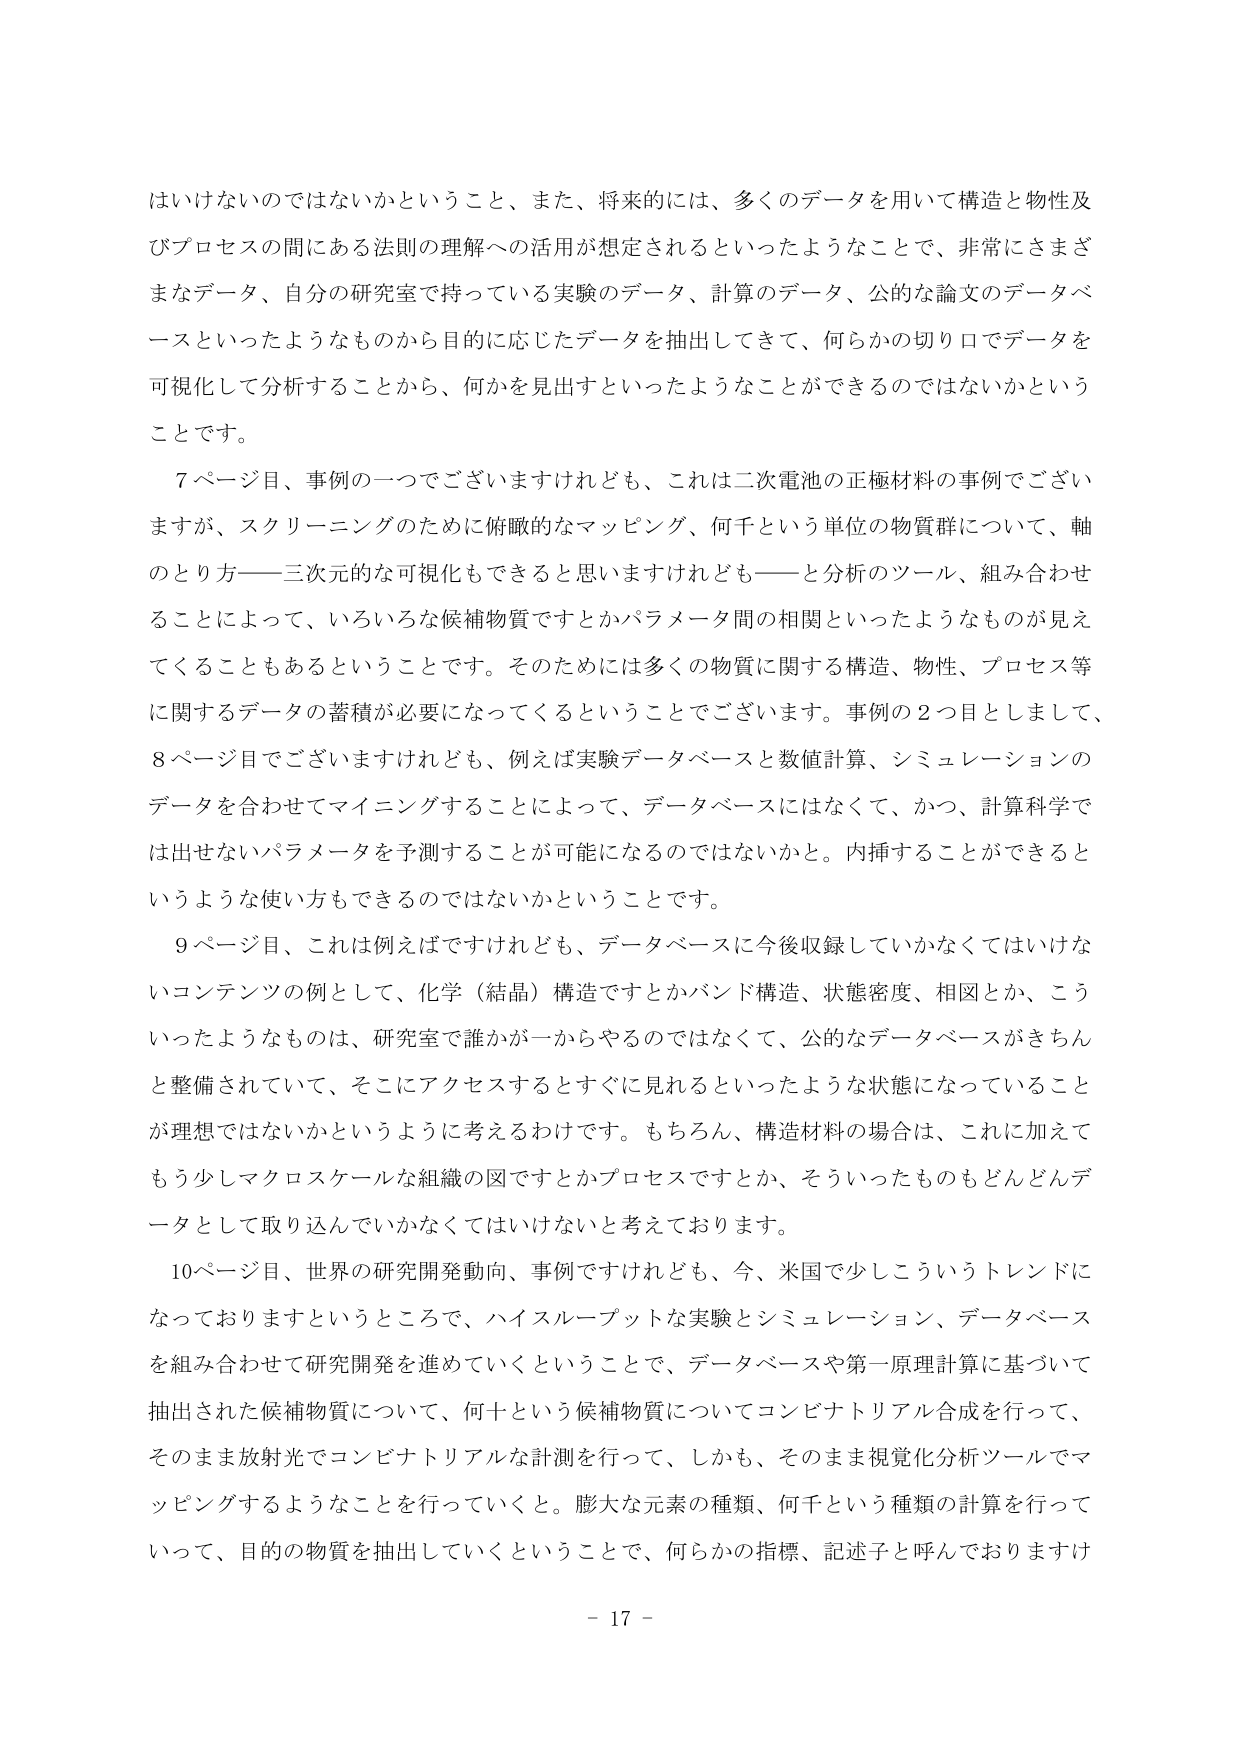
はいけないのではないかということ、また、将来的には、多くのデータを用いて構造と物性及びプロセスの間にある法則の理解への活用が想定されるといったようなことで、非常にさまざまなデータ、自分の研究室で持っている実験のデータ、計算のデータ、公的な論文のデータベースといったようなものから目的に応じたデータを抽出してきて、何らかの切り口でデータを可視化して分析することから、何かを見出すといったようなことができるのではないかということです。

7ページ目、事例の一つでございますけれども、これは二次電池の正極材料の事例でございますが、スクリーニングのために俯瞰的なマッピング、何千という単位の物質群について、軸のとり方――三次元的な可視化もできると思いますけれども――と分析のツール、組み合わせることによって、いろいろな候補物質ですとかパラメータ間の相関といったようなものが見えてくることもあるということです。そのためには多くの物質に関する構造、物性、プロセス等に関するデータの蓄積が必要になってくるということでございます。事例の2つ目としまして、8ページ目でございますけれども、例えば実験データベースと数値計算、シミュレーションのデータを合わせてマイニングすることによって、データベースにはなくて、かつ、計算科学では出せないパラメータを予測することが可能になるのではないかと。内挿することができるというような使い方もできるのではないかということです。

9ページ目、これは例えばですけれども、データベースに今後収録していかなくてはいけないコンテンツの例として、化学（結晶）構造ですとかバンド構造、状態密度、相図とか、こういったようなものは、研究室で誰かが一からやるのではなくて、公的なデータベースがきちんと整備されていて、そこにアクセスするとすぐに見れるといったような状態になっていることが理想ではないかというように考えるわけです。もちろん、構造材料の場合は、これに加えてもう少しマクロスケールな組織の図ですとかプロセスですとか、そういったものもどんどんデータとして取り込んでいかなくてはいけないと考えております。

10ページ目、世界の研究開発動向、事例ですけれども、今、米国で少しこういうトレンドになっておりますというところで、ハイスループットな実験とシミュレーション、データベースを組み合わせて研究開発を進めていくということで、データベースや第一原理計算に基づいて抽出された候補物質について、何十という候補物質についてコンビナトリアル合成を行って、そのまま放射光でコンビナトリアルな計測を行って、しかも、そのまま視覚化分析ツールでマッピングするようなことを行っていくと。膨大な元素の種類、何千という種類の計算を行っていって、目的の物質を抽出していくということで、何らかの指標、記述子と呼んでおりますけ

- 17 -